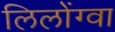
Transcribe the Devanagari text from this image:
लिलोंग्वा